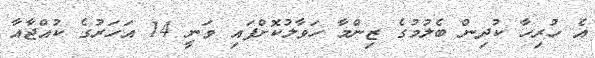
އެ ހުރިހާ ކުދިން ބެލުމުގެ ޒިންމާ ހަވާލުކޮށްފައި ވަނީ 14 އަހަރުގެ ކުއްޖާއާ